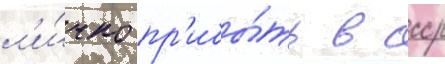
л'и́чно пр'ибы́ть в ссср